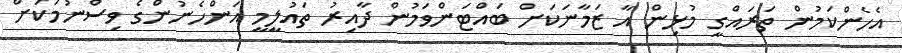
އެހެންކަމުން ތަރައްގީ މުޅިން އާ ޒަމާނަކަށް ބައްޓަންވަމުން ދާއިރު ތައުލީމީ އަންހެނުންގެ ވިސްނުމަކަށް